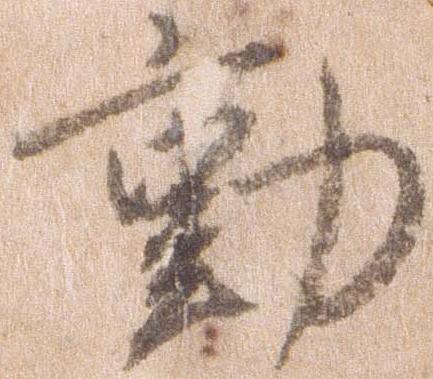
動